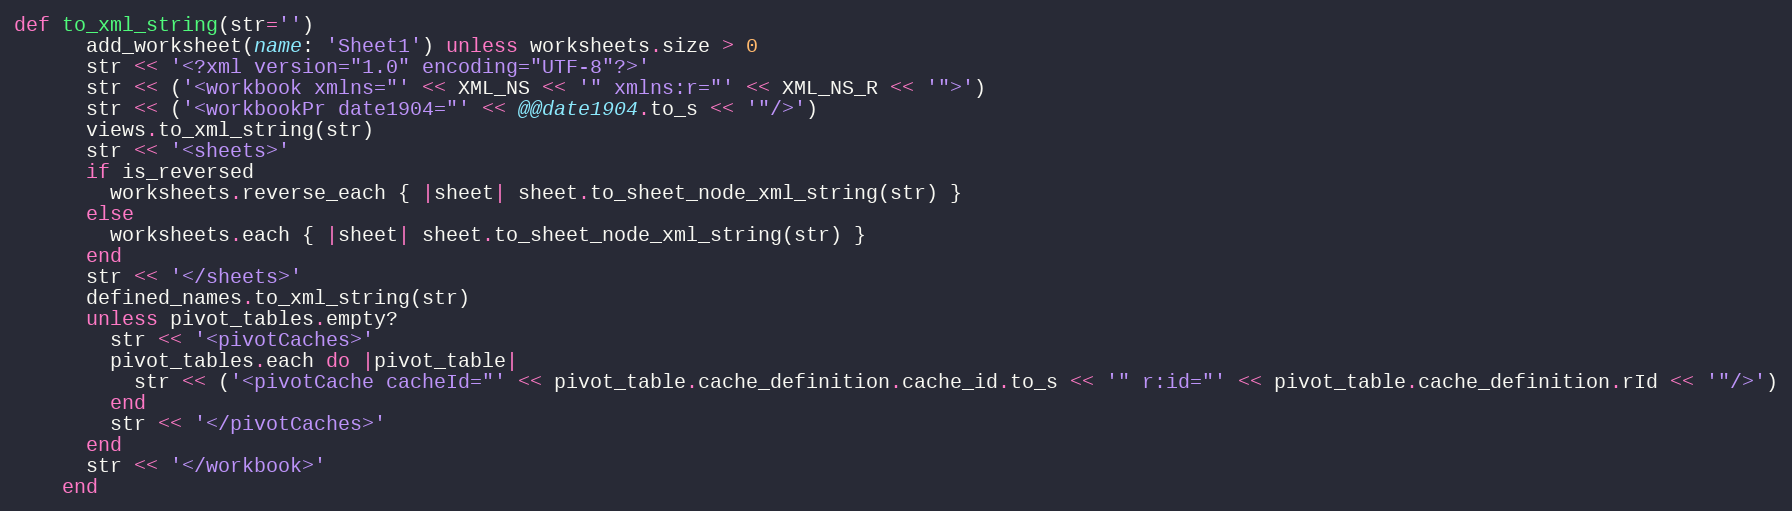
Language: Ruby
def to_xml_string(str='')
      add_worksheet(name: 'Sheet1') unless worksheets.size > 0
      str << '<?xml version="1.0" encoding="UTF-8"?>'
      str << ('<workbook xmlns="' << XML_NS << '" xmlns:r="' << XML_NS_R << '">')
      str << ('<workbookPr date1904="' << @@date1904.to_s << '"/>')
      views.to_xml_string(str)
      str << '<sheets>'
      if is_reversed
        worksheets.reverse_each { |sheet| sheet.to_sheet_node_xml_string(str) }
      else
        worksheets.each { |sheet| sheet.to_sheet_node_xml_string(str) }
      end
      str << '</sheets>'
      defined_names.to_xml_string(str)
      unless pivot_tables.empty?
        str << '<pivotCaches>'
        pivot_tables.each do |pivot_table|
          str << ('<pivotCache cacheId="' << pivot_table.cache_definition.cache_id.to_s << '" r:id="' << pivot_table.cache_definition.rId << '"/>')
        end
        str << '</pivotCaches>'
      end
      str << '</workbook>'
    end